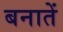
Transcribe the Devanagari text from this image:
बनातें